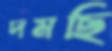
দমছি